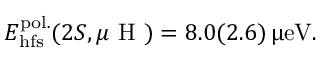
E _ { \mathrm { h f s } } ^ { \mathrm { p o l . } } ( 2 S , \mu \mathrm { ~ H ~ } ) = 8 . 0 ( 2 . 6 ) \, \upmu \mathrm { e V } .